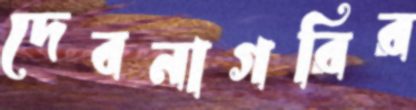
দেবনাগরির